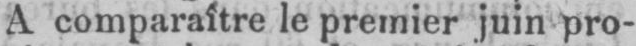
A comparaître le premier juin pro-